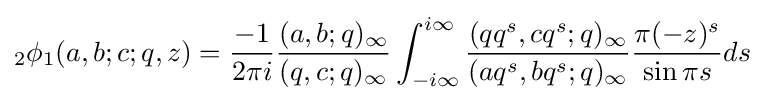
{}_{2}\phi _{1}(a,b;c;q,z)={\frac {-1}{2\pi i}}{\frac {(a,b;q)_{\infty }}{(q,c;q)_{\infty }}}\int _{-i\infty }^{i\infty }{\frac {(qq^{s},cq^{s};q)_{\infty }}{(aq^{s},bq^{s};q)_{\infty }}}{\frac {\pi (-z)^{s}}{\sin \pi s}}ds